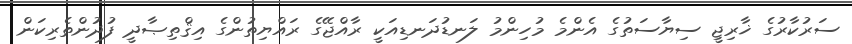
ސަރުކާރުގެ ޚާރިޖީ ސިޔާސަތުގެ އެންމެ މުހިންމު ލަނޑުދަނޑިއަކީ ރާއްޖޭގެ ރައްޔިތުންގެ އިޤްތިޞާދީ ފުދުންތެރިކަން